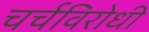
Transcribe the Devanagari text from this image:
चर्चविरोधी